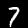
Digit: 7